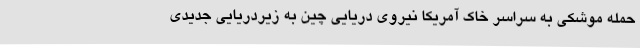
حمله موشکی به سراسر خاک آمریکا نیروی دریایی چین به زیردریایی جدیدی